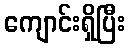
ကျောင်းရှိပြီး